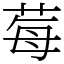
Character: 莓